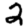
Digit: 2